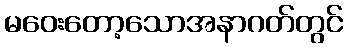
မဝေးတော့သောအနာဂတ်တွင်